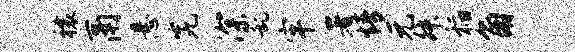
禳鬲悬究深乱牢署情元舛稻角